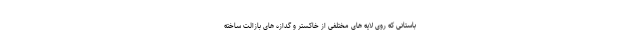
باستانی که روی لایه های مختلفی از خاکستر و گدازه های بازالت ساخته